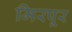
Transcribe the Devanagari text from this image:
मिरपूर